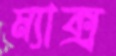
ম্যাক্স